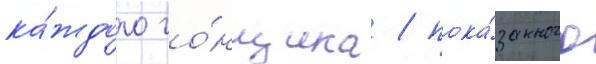
ка́ждого го́нщика / пока́занного